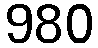
980